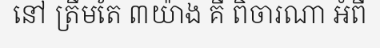
នៅ ត្រឹមតែ ៣យ៉ាង គឺ ពិចារណា អំពី